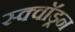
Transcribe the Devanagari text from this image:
स्क्वाॅड्रन